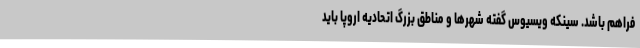
فراهم باشد. سینکه ویسیوس گفته شهرها و مناطق بزرگ اتحادیه اروپا باید